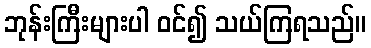
ဘုန်းကြီးများပါ ဝင်၍ သယ်ကြရသည်။